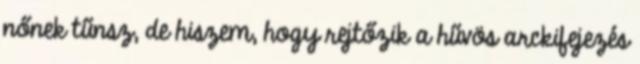
nőnek tűnsz, de hiszem, hogy rejtőzik a hűvös arckifejezés